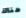
هناك